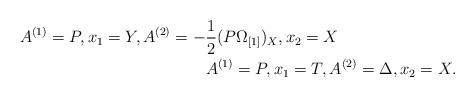
LaTeX: \begin{align*}A^{(1)}=P, x_{1}=Y,A^{(2)}=-&\frac{1}{2}(P\Omega_{[1]})_X, x_{2}=X \\ &A^{(1)}=P,x_{1}=T,A^{(2)}=\Delta, x_{2}=X.\end{align*}